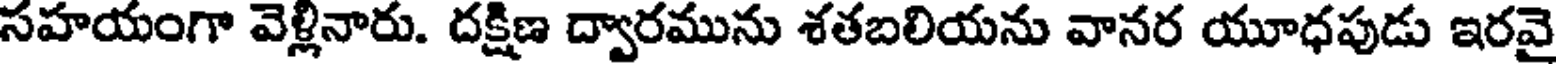
సహయంగా వెళ్లినారు. దక్షిణ ద్వారమును శతబలియను వానర యూధపుడు ఇరవై